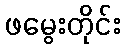
ဖမွေးတိုင်း